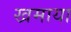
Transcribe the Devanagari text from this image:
खमाया